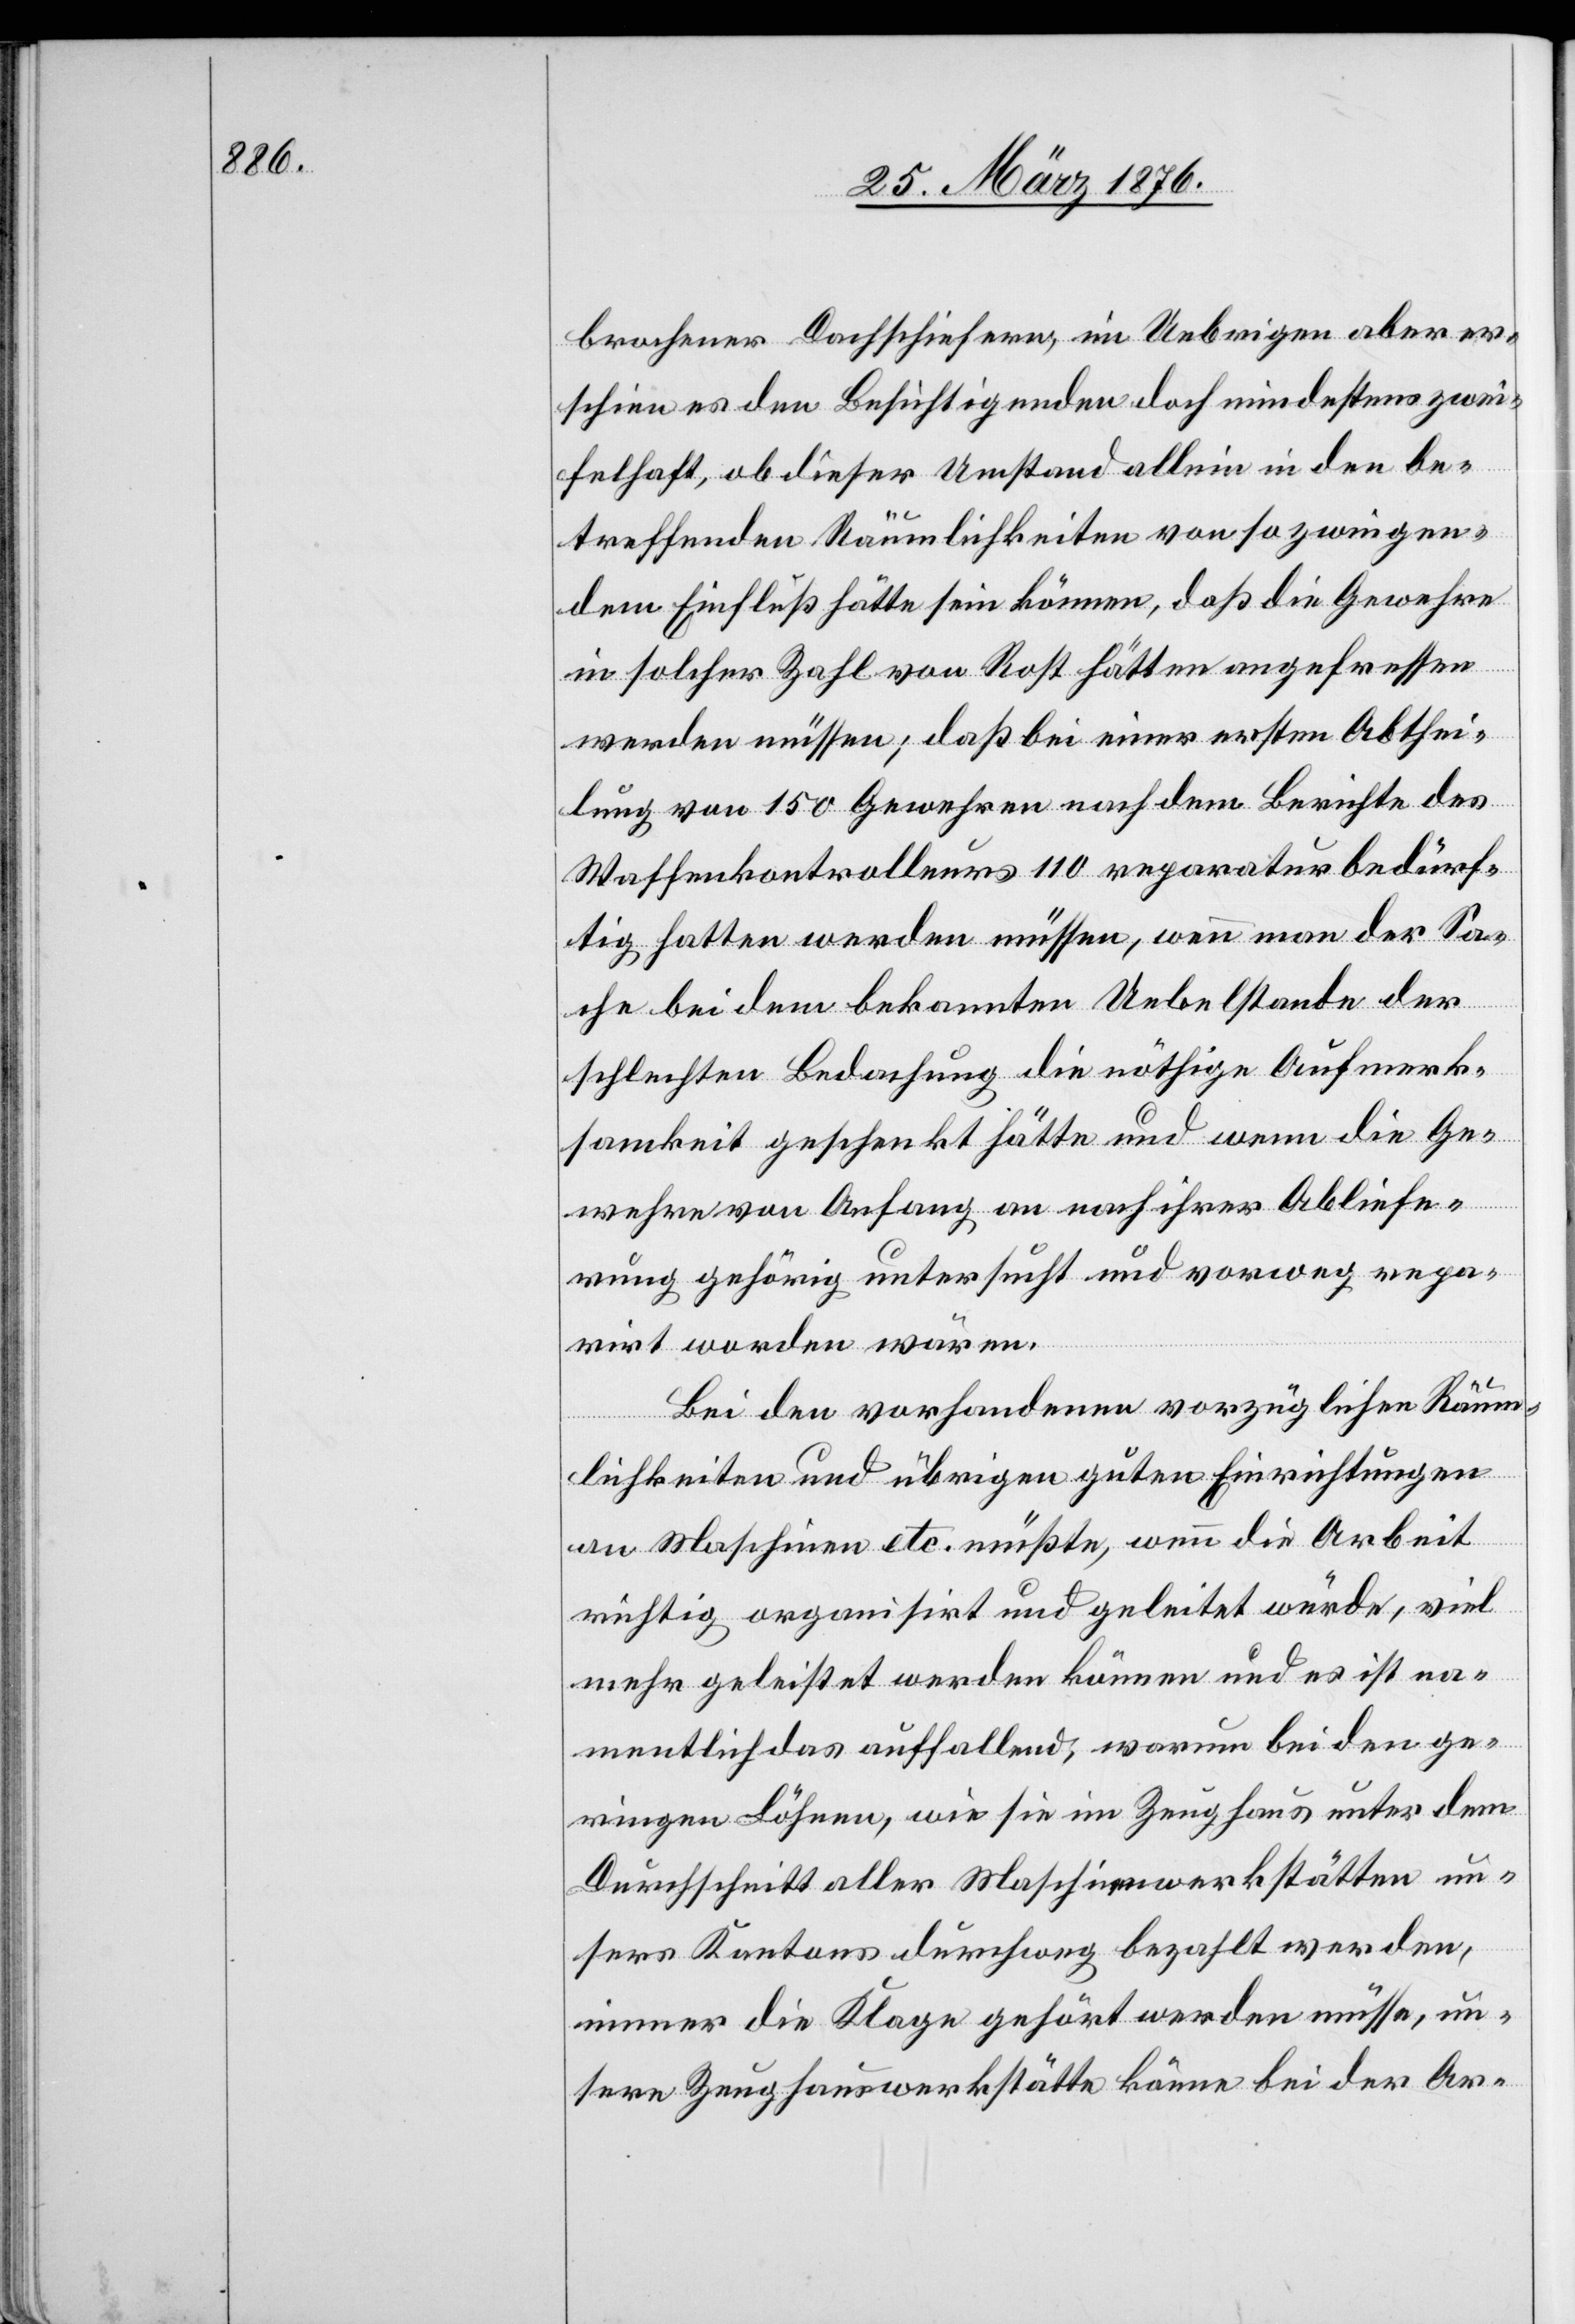
brochener Dachschiefern, im Uebrigen aber er¬
schien es den Besichtigenden doch mindestens zwei¬
felhaft, ob dieser Umstand allein in den be¬
treffenden Räumlichkeiten von so zwingen¬
dem Einfluß hätte sein können, daß die Gewehre
in solcher Zahl von Rost hätten angefressen
werden müssen; daß bei einer ersten Abthei¬
lung von 150 Gewehren nach dem Berichte des
Waffenkontrolleurs 110 reparaturbedürf¬
tig hatten werden müssen, wenn man der Sa¬
che bei dem bekannten Uebelstande der
schlechten Bedachung die nöthige Aufmerk¬
samkeit geschenkt hätte und wenn die Ge¬
wehre von Anfang an nach ihrer Abliefe¬
rung gehörig untersucht und vorweg repa¬
rirt worden wären.
Bei den vorhandenen vorzüglichen Räum¬
lichkeiten und übrigen guten Einrichtungen
an Maschinen etc. müßte, wenn die Arbeit
richtig organisirt und geleitet würde, viel
mehr geleistet werden können und es ist na¬
mentlich das auffallend, warum bei den ge¬
ringen Löhnen, wie sie im Zeughaus unter dem
Durchschnitt aller Maschinenwerkstätten un¬
sers Kantons durchweg bezahlt werden,
immer die Klage gehört werden müsse, un¬
sere Zeughauswerkstätte könne bei der Ar-